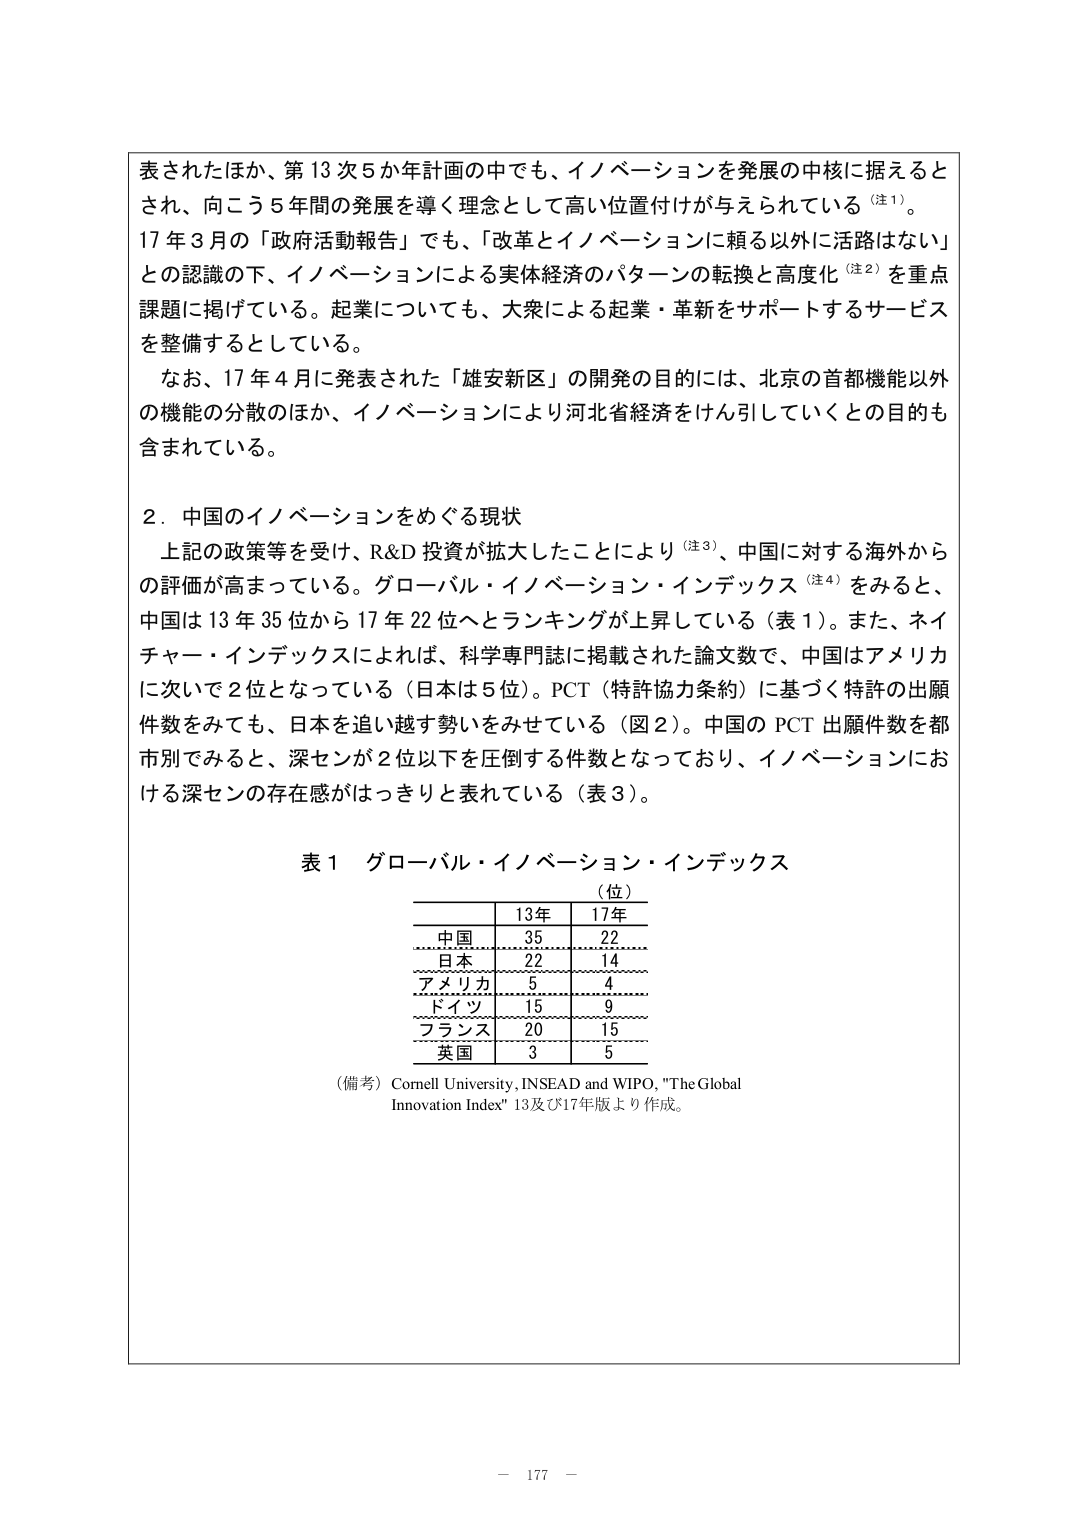
表されたほか、第13次5か年計画の中でも、イノベーションを発展の中核に据えるとされ、向こう5年間の発展を導く理念として高い位置付けが与えられている（注1）。
17年3月の「政府活動報告」でも、「改革とイノベーションに頼る以外に活路はない」との認識の下、イノベーションによる実体経済のパターンの転換と高度化（注2）を重点課題に掲げている。起業についても、大衆による起業・革新をサポートするサービスを整備するとしている。
なお、17年4月に発表された「雄安新区」の開発の目的には、北京の首都機能以外の機能の分散のほか、イノベーションにより河北省経済をけん引していくとの目的も含まれている。

2．中国のイノベーションをめぐる現状
上記の政策等を受け、R&D投資が拡大したことにより（注3）、中国に対する海外からの評価が高まっている。グローバル・イノベーション・インデックス（注4）をみると、中国は13年35位から17年22位へとランキングが上昇している（表1）。また、ネイチャー・インデックスによれば、科学専門誌に掲載された論文数で、中国はアメリカに次いで2位となっている（日本は5位）。PCT（特許協力条約）に基づく特許の出願件数をみても、日本を追い越す勢いをみせている（図2）。中国のPCT出願件数を都市別にみると、深センが2位以下を圧倒する件数となっており、イノベーションにおける深センの存在感がはっきりと表れている（表3）。

表1 グローバル・イノベーション・インデックス
（位）
　　　　13年　　17年
中国　　　35　　　22
日本　　　22　　　14
アメリカ　　5　　　4
ドイツ　　15　　　9
フランス　20　　　15
英国　　　3　　　5
（備考）Cornell University, INSEAD and WIPO, "The Global Innovation Index" 13及び17年版より作成。

－ 177 －